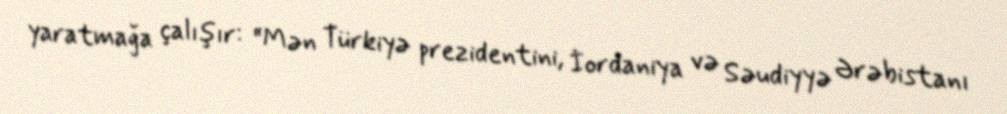
yaratmağa çalışır: “Mən Türkiyə prezidentini, İordaniya və Səudiyyə Ərəbistanı